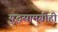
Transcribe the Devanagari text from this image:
युद्धसामग्रीही